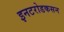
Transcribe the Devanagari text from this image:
इनटरोडकसन